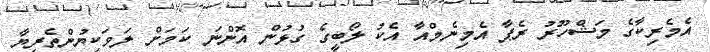
އެމެރިކާގެ މަޝްހޫރު ރެޕާ އެމިނެމްއާ އެކު ލޯބީގެ ގުޅުން އޮންނަ ކަމަށް ލަވަކިޔުންތެރިޔާ